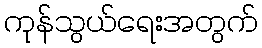
ကုန်သွယ်ရေးအတွက်